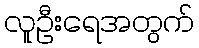
လူဦးရေအတွက်